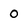
Character: O